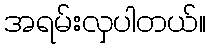
အရမ်းလှပါတယ်။